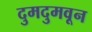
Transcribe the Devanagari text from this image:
दुमदुमवून